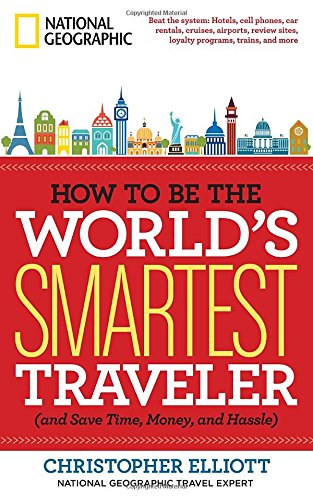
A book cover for How to Be the World's Smartest Traveler (and Save Time, Money, and Hassle); Christopher Elliott; Reference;